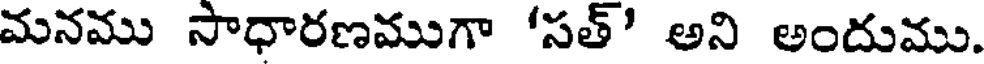
మనము సాధారణముగా 'సత్' అని అందుము.